Insane asylums Bombay 1873-77 - 1873-1877
Year: 1873
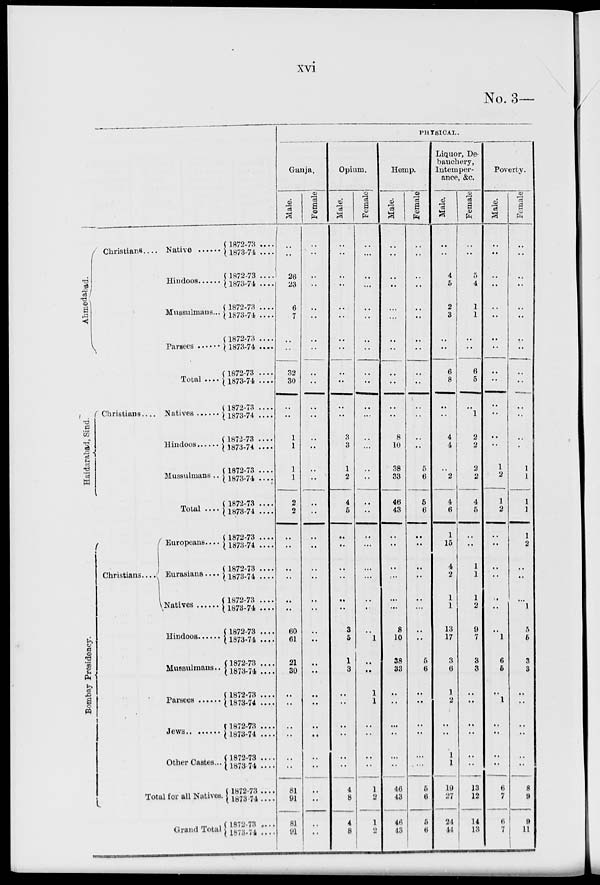
xvi
No. 3—
Ahmedabad.
Christians ....
Native
Hindoos
Mussulmans...
Parsees
Total ....
Haidarabad, Sind.
Christians.....
Natives
Hindoos
Mussulmans..
Total
Bombay Presidency.
Christians ...
Europeans....
Eurasians....
Natives
Hindoos
Mussulmans..
Parsees
Jews
Other Castes...
Total for all Natives.
Grand Total
1872-73 ....
1873-74 ....
1872-73 ....
1873-74 ....
1872-73 ....
1873-74 ....
1872-73 ....
1873-74 ....
1872-73 ....
1873-74 ....
1872-73....
1873-74 ....
1872-73....
1873-74 ....
1872-73 ....
1873-74 ....
1872-73 ....
1873-74 ....
1872-73 ....
1873-74 ....
1872-73....
1873-74 ....
1872-73 ....
1873-74 ....
1872-73 ....
1873-74 ....
1872-73 ....
1873-74 ....
1872-73 ....
1873-74 ....
1872-73 ....
1873-74 ....
1872-73 ....
1873 74 ....
1872-73 ....
1873 74....
1872-73 .....
1873-74 ....
PHYSICAL.
Ganja.
Male.
..
..
26
23
6
7
..
..
32
30
..
..
1
1
1
1
2
2
..
..
..
..
..
..
60
61
21
30
..
..
..
..
..
..
81
91
81
91
Female
..
..
..
..
..
..
..
..
..
..
..
..
..
..
..
..
..
..
..
..
..
..
..
..
..
..
..
..
..
..
..
..
..
..
..
..
..
..
Opium.
Male.
..
..
..
..
..
..
..
..
..
..
..
..
3
3
1
2
4
5
..
..
..
..
..
..
3
5
1
3
..
..
..
..
..
..
4
8
4
8
Female.
..
..
..
...
..
..
..
..
..
..
..
...
..
...
..
..
..
..
..
...
..
...
..
..
..
1
..
..
1
1
..
..
..
..
1
2
1
2
Hemp.
Male.
..
..
..
..
..
...
..
..
..
..
..
..
8
10
38
33
46
43
..
..
..
...
...
..
8
10
38
33
..
..
...
..
..
..
46
43
46
43
Female.
..
..
..
..
..
..
..
..
..
..
..
..
..
..
5
6
5
6
..
..
..
..
..
...
..
..
5
6
..
..
..
..
...
...
5
6
5
6
Liquor, De-
bauchery,
Intemper-
ance, &c.
Male.
..
..
4
5
2
3
..
..
6
8
..
..
4
4
..
2
4
6
1
15
4
2
1
1
13
17
3
6
1
2
..
..
1
1
19
27
24
44
Female.
..
..
5
4
1
1
..
6
5
..
1
2
2
2
2
4
5
..
..
1
1
1
2
9
7
3
3
..
..
..
..
..
..
13
12
14
13
Poverty.
Male.
..
..
..
..
..
..
..
..
..
..
..
..
..
..
1
2
1
2
..
..
..
..
..
..
..
1
6
5
..
1
..
..
..
..
6
7
6
7
Female.
..
..
..
..
..
..
..
..
..
..
..
..
..
..
1
1
1
1
1
2
..
..
...
1
5
5
3
3
..
..
..
..
..
..
8
9
9
11